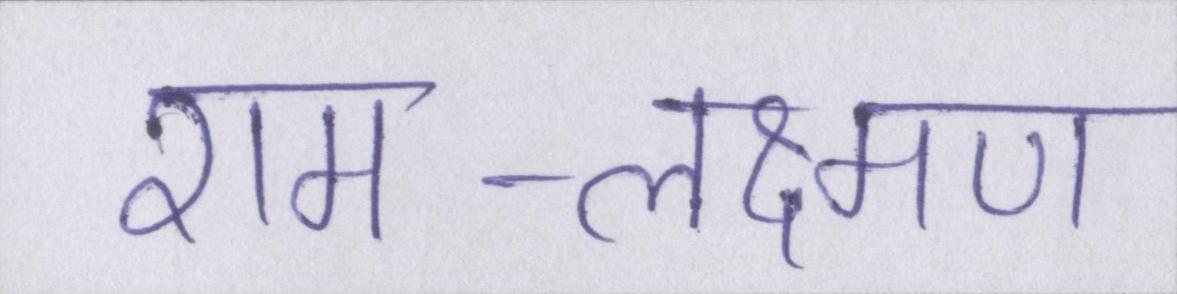
राम-लक्ष्मण